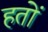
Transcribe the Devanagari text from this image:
हतों